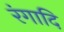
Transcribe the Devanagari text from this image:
रंगादि